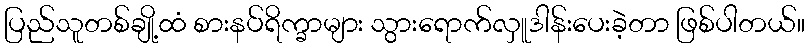
ပြည်သူတစ်ချို့ထံ စားနပ်ရိက္ခာများ သွားရောက်လှူဒါန်းပေးခဲ့တာ ဖြစ်ပါတယ်။